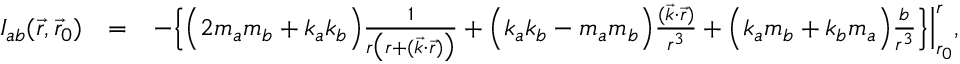
\begin{array} { r l r } { { \cal I } _ { a b } ( \vec { r } , \vec { r } _ { 0 } ) } & { = } & { - \Big \{ \Big ( 2 m _ { a } m _ { b } + k _ { a } k _ { b } \Big ) \frac { 1 } { r \big ( r + ( { \vec { k } } \cdot { \vec { r } } ) \big ) } + \Big ( k _ { a } k _ { b } - m _ { a } m _ { b } \Big ) \frac { ( { \vec { k } } \cdot { \vec { r } } ) } { r ^ { 3 } } + \Big ( k _ { a } m _ { b } + k _ { b } m _ { a } \Big ) \frac { b } { r ^ { 3 } } \Big \} \Big | _ { r _ { 0 } } ^ { r } , } \end{array}